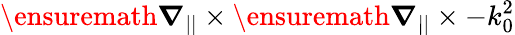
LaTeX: \ensuremath{\boldsymbol{\nabla}}_{||}\times\ensuremath{\boldsymbol{\nabla}}_{||}\times-k_{0}^{2}